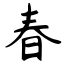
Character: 春